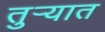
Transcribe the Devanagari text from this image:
तुर्‍यात